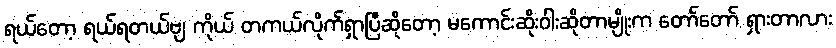
ရယ်တော့ ရယ်ရတယ်ဗျ ကိုယ် တကယ်လိုက်ရှာပြီဆိုတော့ မကောင်းဆိုးဝါးဆိုတာမျိုးက တော်တော် ရှားတာလား